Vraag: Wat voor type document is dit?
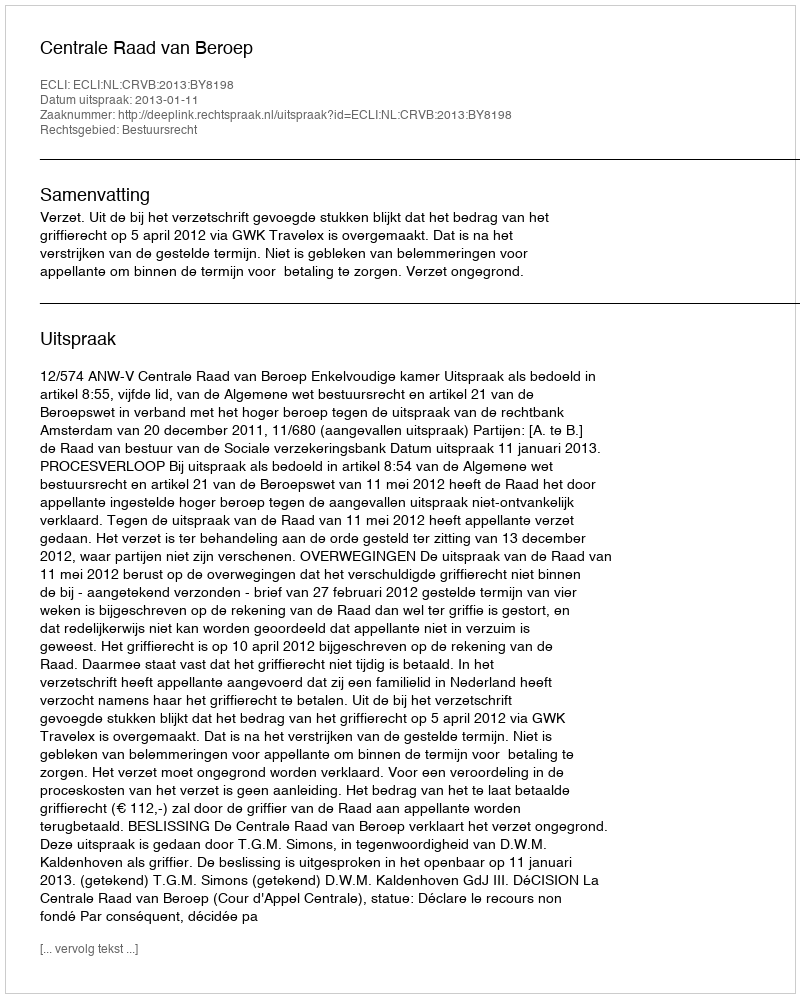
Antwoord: Uitspraak